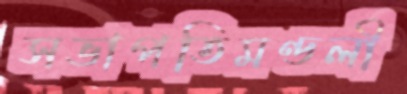
সভাপতিমণ্ডলী